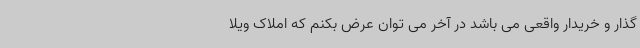
گذار و خریدار واقعی می باشد در آخر می توان عرض بکنم که املاک ویلا